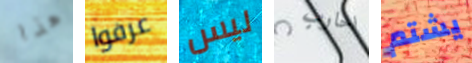
هذا عرفوا ليس احارب يشتم